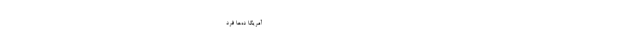
-------------------------------------------------- آمریکا ده‌ها فرد